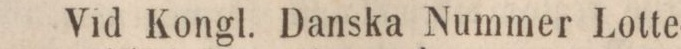
Vid Kongl. Danska Nummer Lotte-